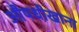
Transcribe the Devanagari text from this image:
औषधीखाना